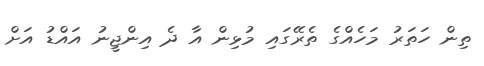
ތިން ހަތަރު މަހެއްގެ ތެރޭގައި މުޅިން އާ ދެ އިންޖީނު އައްޑު އަށް